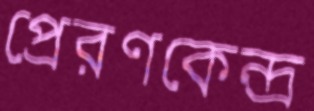
প্রেরণকেন্দ্র